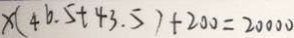
x ( 4 6 . 5 + 4 3 . 5 ) + 2 0 0 = 2 0 0 0 0